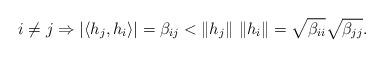
LaTeX: \begin{align*}i\ne j\Rightarrow|\langle h_{j},h_{i}\rangle|=\beta_{ij} < \|h_{j}\| \ \|h_{i}\|= \sqrt{\beta_{ii}}\sqrt{\beta_{jj}}.\end{align*}